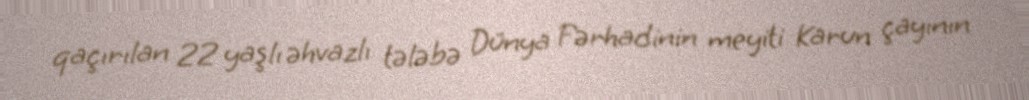
qaçırılan 22 yaşlı əhvazlı tələbə Dünya Fərhadinin meyiti Karun çayının